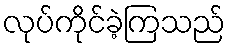
လုပ်ကိုင်ခဲ့ကြသည်